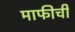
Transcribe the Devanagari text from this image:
माफीची